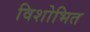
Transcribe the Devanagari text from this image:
विशोभित